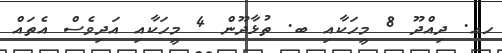
ހއ. ދިއްދޫ 8 މީހަކާއި ބ. ތުޅާދޫން 4 މީހަކާއި އަދިވެސް އެތައް